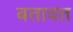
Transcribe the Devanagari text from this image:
बतावत